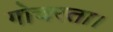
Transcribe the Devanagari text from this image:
गोचरता।